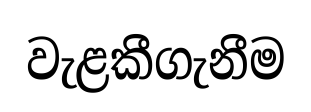
වැළකීගැනීම